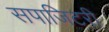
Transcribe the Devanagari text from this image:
सपाजिटरी